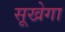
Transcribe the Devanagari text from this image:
सूखेगा